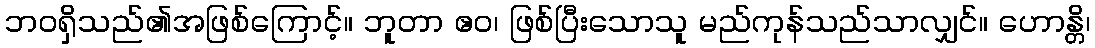
ဘဝရှိသည်၏အဖြစ်ကြောင့်။ ဘူတာ ဧဝ၊ ဖြစ်ပြီးသောသူ မည်ကုန်သည်သာလျှင်။ ဟောန္တိ၊